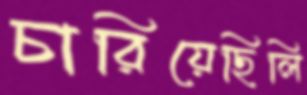
চারিয়েছিলি